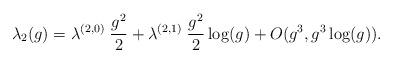
LaTeX: \begin{align*}\lambda_{2}(g)=\lambda^{(2,0)}\;\frac{g^{2}}{2}+\lambda^{(2,1)}\;\frac{g^{2}}{2}\log (g)+O(g^{3},g^{3}\log (g)).\end{align*}